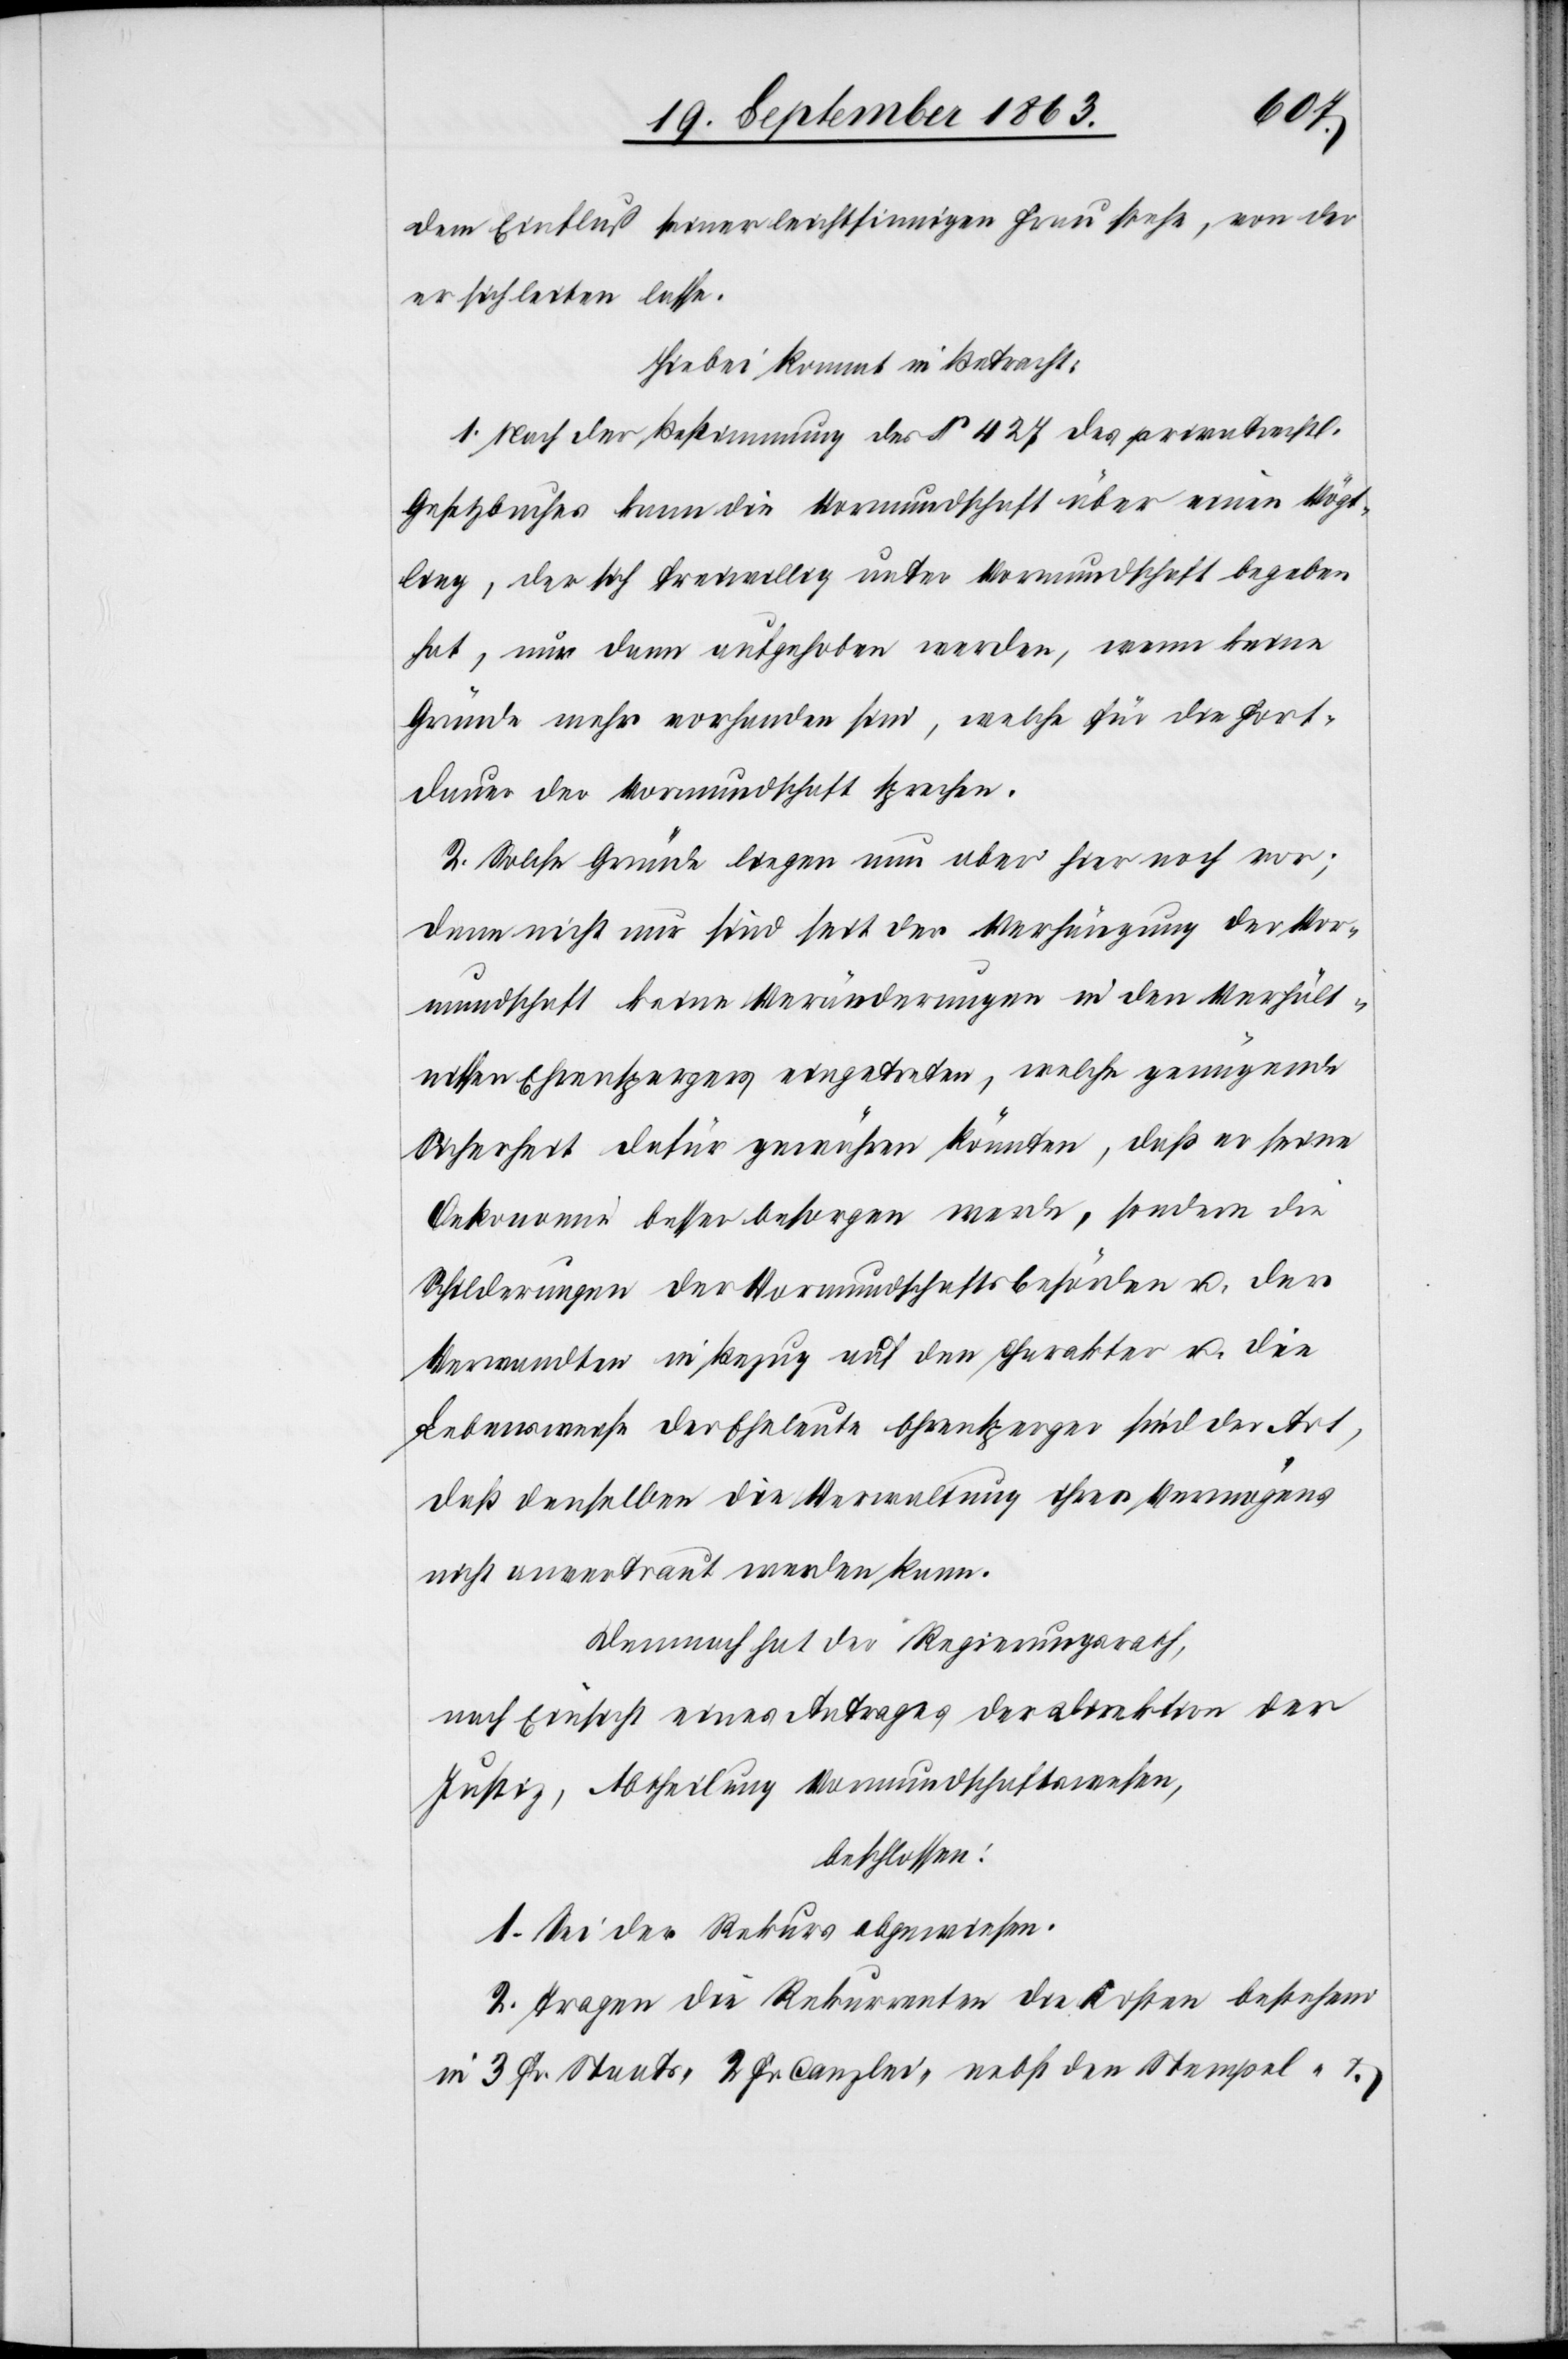
dem Einfluß seiner leichtsinnigen Frau stehe, von der
er sich leiten lasse.
Hiebei kommt in Betracht:
1. Nach der Bestimmung des § 427 des privatrechtl.
Gesetzbuches kann die Vormundschaft über einen Vögt¬
ling, der sich freiwillig unter Vormundschaft begeben
hat, nur dann aufgehoben werden, wenn keine
Gründe mehr vorhanden sind, welche für die Fort¬
dauer der Vormundschaft sprechen.
2. Solche Gründe liegen nun aber hier noch vor;
denn nicht nur sind seit der Verhängung der Vor¬
mundschaft keine Veränderungen in den Verhält¬
nissen Ehrenspergers eingetreten, welche genügende
Sicherheit dafür gewähren könnten, daß er seine
Oekonomie besser besorgen werde, sondern die
Schilderungen der Vormundschaftsbehörden u. der
Verwandten in Bezug auf den Charakter u. die
Lebensweise der Eheleute Ehrensperger sind der Art,
daß denselben die Verwaltung ihres Vermögens
nicht anvertraut werden kann.
Demnach hat der Regierungsrath,
nach Einsicht eines Antrages der Direktion der
Justiz, Abtheilung Vormundschaftswesen,
beschlossen:
1. Sei der Rekurs abgewiesen.
2. Tragen die Rekurrenten die Kosten bestehend
in 3 Fr. Staats-[,] 2 Fr. Canzlei- nebst den Stempel- &